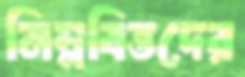
নিম্নবিত্তদের